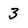
Character: 3